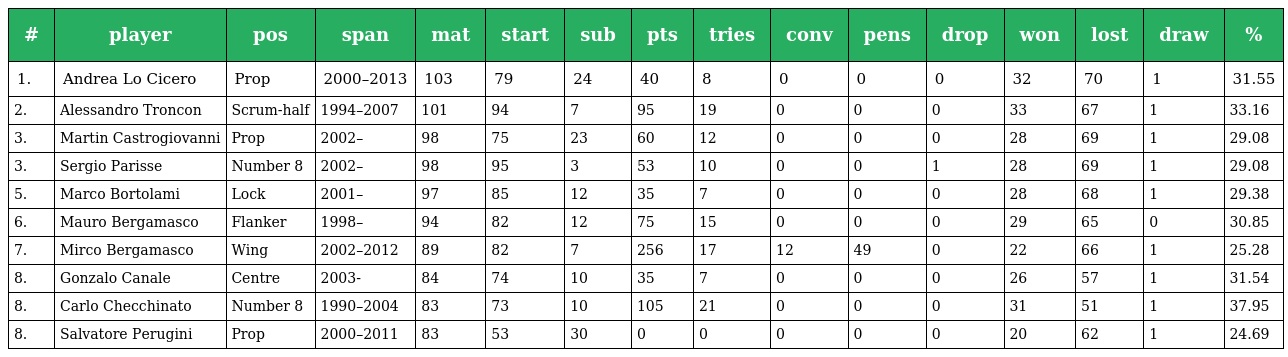
| # | player | pos | span | mat | start | sub | pts | tries | conv | pens | drop | won | lost | draw | % |
 | --- | --- | --- | --- | --- | --- | --- | --- | --- | --- | --- | --- | --- | --- | --- | --- |
 | 1. | Andrea Lo Cicero | Prop | 2000–2013 | 103 | 79 | 24 | 40 | 8 | 0 | 0 | 0 | 32 | 70 | 1 | 31.55 |
 | 2. | Alessandro Troncon | Scrum-half | 1994–2007 | 101 | 94 | 7 | 95 | 19 | 0 | 0 | 0 | 33 | 67 | 1 | 33.16 |
 | 3. | Martin Castrogiovanni | Prop | 2002– | 98 | 75 | 23 | 60 | 12 | 0 | 0 | 0 | 28 | 69 | 1 | 29.08 |
 | 3. | Sergio Parisse | Number 8 | 2002– | 98 | 95 | 3 | 53 | 10 | 0 | 0 | 1 | 28 | 69 | 1 | 29.08 |
 | 5. | Marco Bortolami | Lock | 2001– | 97 | 85 | 12 | 35 | 7 | 0 | 0 | 0 | 28 | 68 | 1 | 29.38 |
 | 6. | Mauro Bergamasco | Flanker | 1998– | 94 | 82 | 12 | 75 | 15 | 0 | 0 | 0 | 29 | 65 | 0 | 30.85 |
 | 7. | Mirco Bergamasco | Wing | 2002–2012 | 89 | 82 | 7 | 256 | 17 | 12 | 49 | 0 | 22 | 66 | 1 | 25.28 |
 | 8. | Gonzalo Canale | Centre | 2003- | 84 | 74 | 10 | 35 | 7 | 0 | 0 | 0 | 26 | 57 | 1 | 31.54 |
 | 8. | Carlo Checchinato | Number 8 | 1990–2004 | 83 | 73 | 10 | 105 | 21 | 0 | 0 | 0 | 31 | 51 | 1 | 37.95 |
 | 8. | Salvatore Perugini | Prop | 2000–2011 | 83 | 53 | 30 | 0 | 0 | 0 | 0 | 0 | 20 | 62 | 1 | 24.69 |